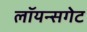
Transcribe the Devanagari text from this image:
लॉयन्सगेट